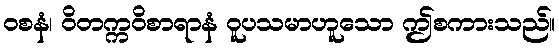
ဝစနံ၊ ဝိတက္ကဝိစာရာနံ ဝူပသမာဟူသော ဤစကားသည်။